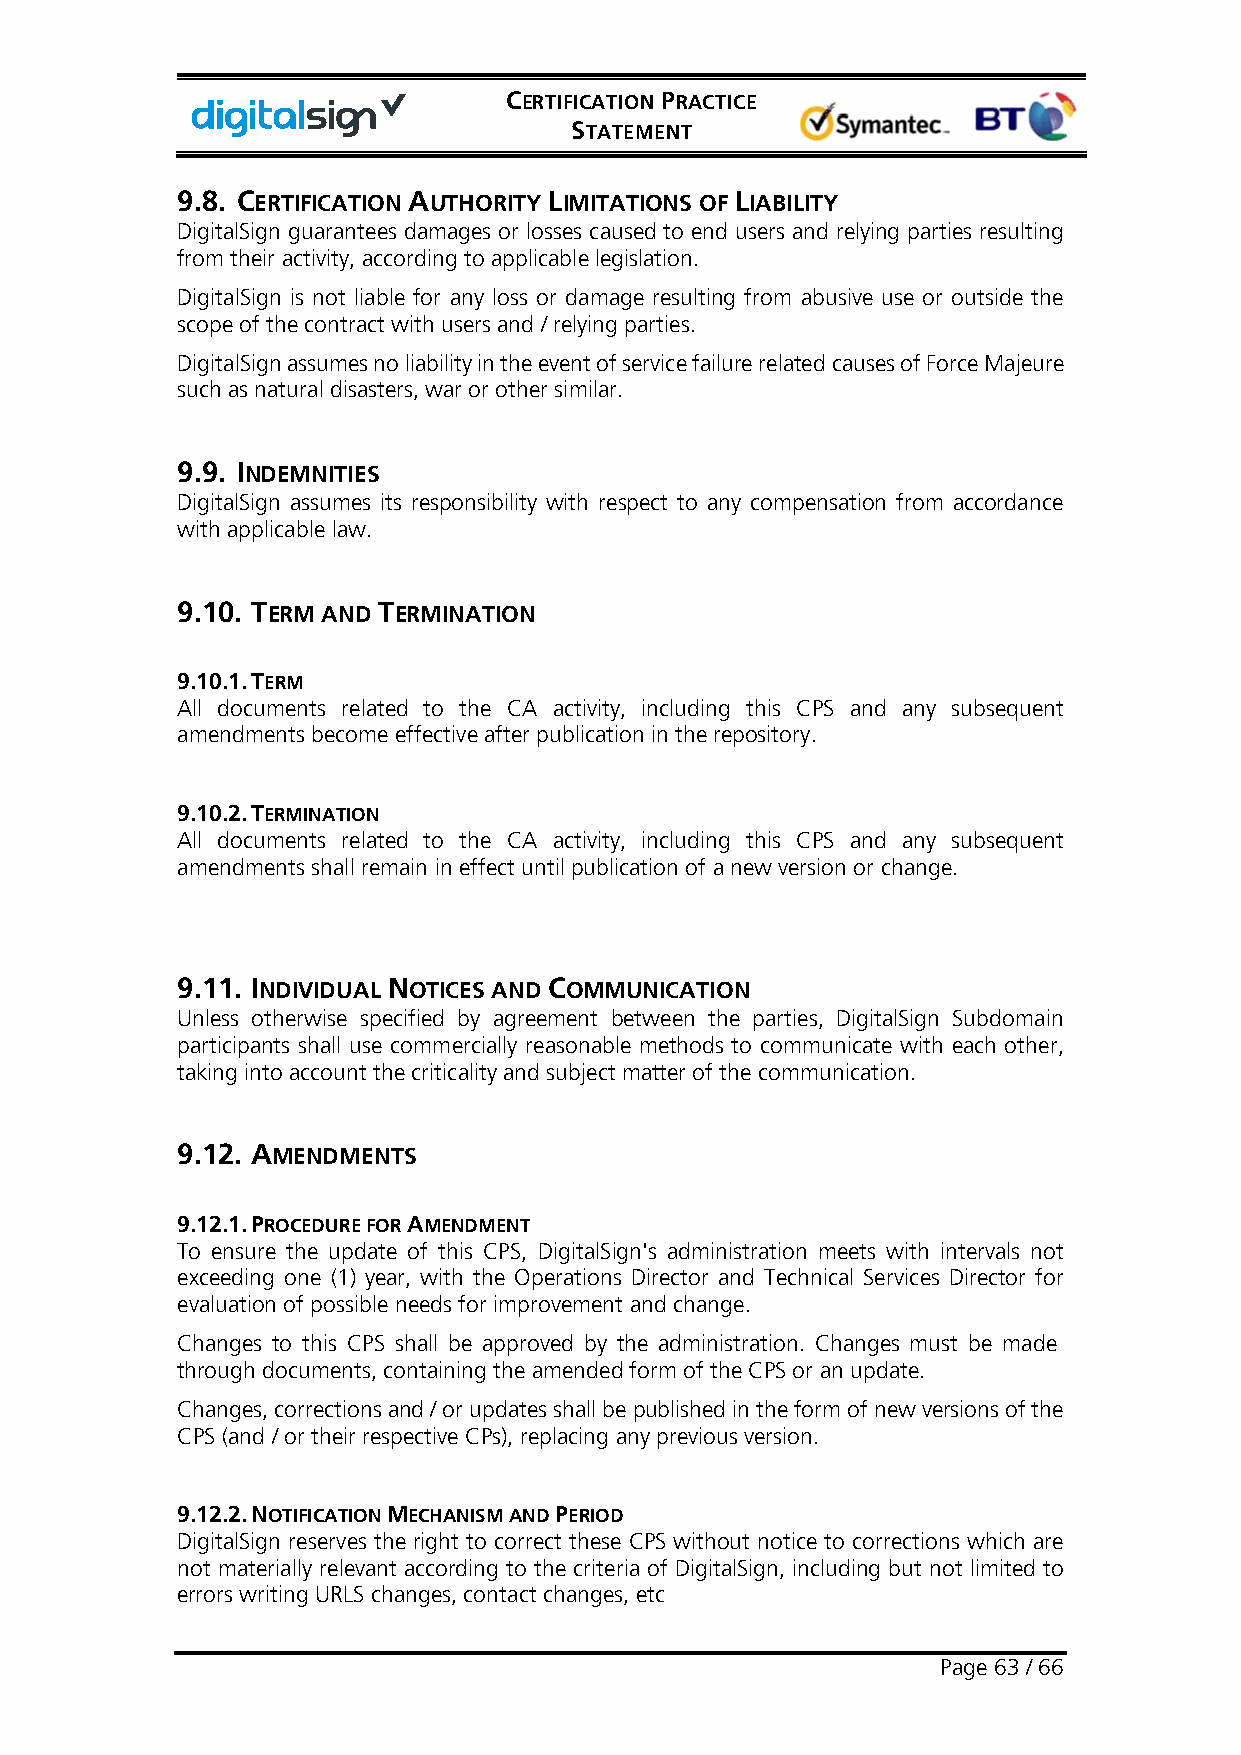
CERTIFICATION PRACTICE
 STATEMENT
 9.8. CERTIFICATION AUTHORITY LIMITATIONS OF LIABILITY
 DigitalSign guarantees damages or losses caused to end users and relying parties resulting
 from their activity, according to applicable legislation.
 DigitalSign is not liable for any loss or damage resulting from abusive use or outside the
 scope of the contract with users and / relying parties.
 DigitalSign assumes no liability in the event of service failure related causes of Force Majeure
 such as natural disasters, war or other similar.
 9.9. INDEMNITIES
 DigitalSign assumes its responsibility with respect to any compensation from accordance
 with applicable law.
 9.10. TERM AND TERMINATION
 9.10.1. TERM
 All documents related to the CA activity, including this CPS and any subsequent
 amendments become effective after publication in the repository.
 9.10.2. TERMINATION
 All documents related to the CA activity, including this CPS and any subsequent
 amendments shall remain in effect until publication of a new version or change.
 9.11. INDIVIDUAL NOTICES AND COMMUNICATION
 Unless otherwise specified by agreement between the parties, DigitalSign Subdomain
 participants shall use commercially reasonable methods to communicate with each other,
 taking into account the criticality and subject matter of the communication.
 9.12. AMENDMENTS
 9.12.1. PROCEDURE FOR AMENDMENT
 To ensure the update of this CPS, DigitalSign's administration meets with intervals not
 exceeding one (1) year, with the Operations Director and Technical Services Director for
 evaluation of possible needs for improvement and change.
 Changes to this CPS shall be approved by the administration. Changes must be made
 through documents, containing the amended form of the CPS or an update.
 Changes, corrections and / or updates shall be published in the form of new versions of the
 CPS (and / or their respective CPs), replacing any previous version.
 9.12.2. NOTIFICATION MECHANISM AND PERIOD
 DigitalSign reserves the right to correct these CPS without notice to corrections which are
 not materially relevant according to the criteria of DigitalSign, including but not limited to
 errors writing URLS changes, contact changes, etc
 Page 63 / 66